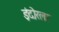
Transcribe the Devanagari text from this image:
इंदोरला